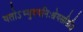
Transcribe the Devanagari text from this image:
यतोऽभ्युदयनिःश्रेयससिद्धि